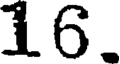
16.